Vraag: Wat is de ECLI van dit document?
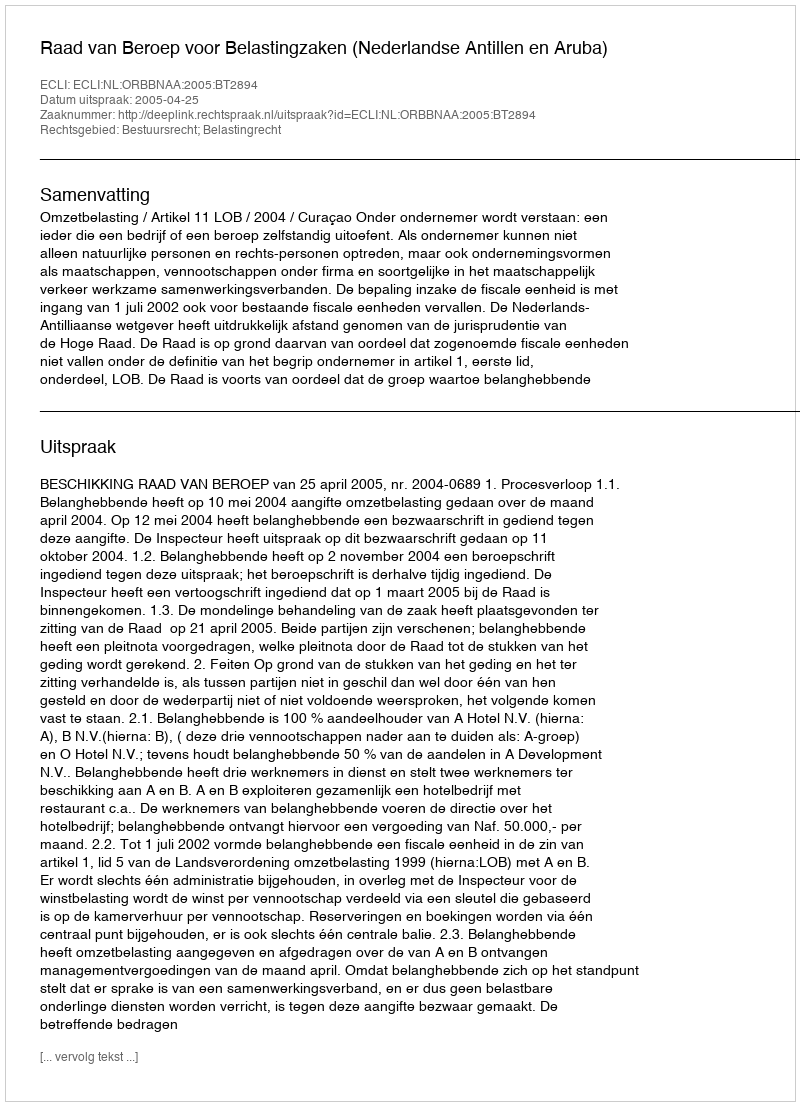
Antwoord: ECLI:NL:ORBBNAA:2005:BT2894